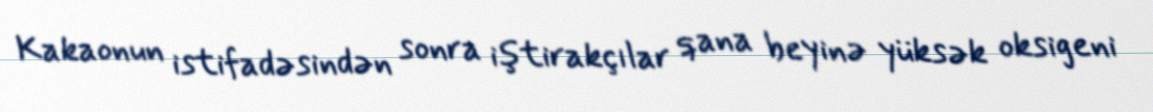
Kakaonun istifadəsindən sonra iştirakçılar qana beyinə yüksək oksigeni